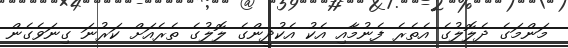
މަންމަގެ ދެލޮލުގެ އެތެރެ ފެނުމާއި އެކު އެކުދީންގެ ލޮލުގެ ތެރެއަށް ކަރުނަ ގިނަވެގެން